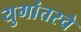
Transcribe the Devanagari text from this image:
युगांतरचे